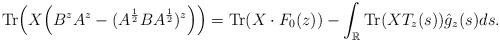
LaTeX: \begin{align*} {\rm Tr}\Big(X\Big(B^zA^z-(A^{\frac12}BA^{\frac12})^z\Big)\Big) = {\rm Tr}(X\cdot F_0(z))-\int_{\mathbb{R}}{\rm Tr}(XT_z(s))\hat{g}_z(s)ds. \end{align*}